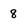
Character: 8